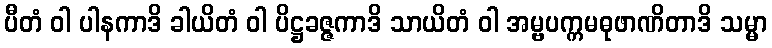
ပီတံ ဝါ ပါနကာဒိ ခါယိတံ ဝါ ပိဋ္ဌခဇ္ဇကာဒိ သာယိတံ ဝါ အမ္ဗပက္ကမဓုဖာဏိတာဒိ သမ္မာ